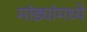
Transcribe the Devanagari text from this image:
मांड्यांमध्ये